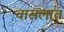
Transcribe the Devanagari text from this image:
वासलात